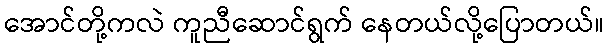
အောင်တို့ကလဲ ကူညီဆောင်ရွက် နေတယ်လို့ပြောတယ်။